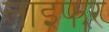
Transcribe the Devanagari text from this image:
लाइफर